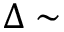
\Delta \sim